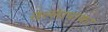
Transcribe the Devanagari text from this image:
तल्लापाका